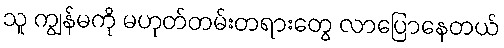
သူ ကျွန်မကို မဟုတ်တမ်းတရားတွေ လာပြောနေတယ်